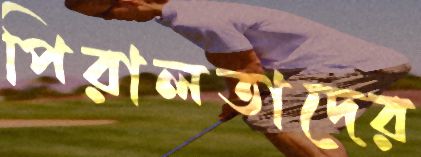
পিরালতাদের